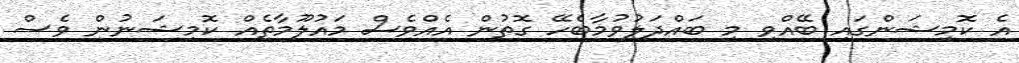
އެ ކޮމިޝަންގައި ބޭއްވި މި ބައްދަލުވުމާބެހޭ ގޮތުން އެއްވެސް މައުލޫމާތެއް ކޮމިޝަނުން ވެސް